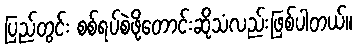
ပြည်တွင်း စစ်ရပ်စဲဖို့တောင်းဆိုသံလည်းဖြစ်ပါတယ်။